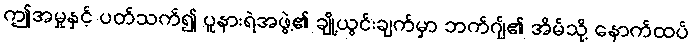
ဤအမှုနှင့် ပတ်သက်၍ ပူနားရဲအဖွဲ့၏ ချို့ယွင်းချက်မှာ ဘက်ဂျ်၏ အိမ်သို့ နောက်ထပ်